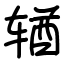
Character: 𬨎